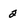
Character: 2